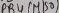
Text: PB4